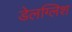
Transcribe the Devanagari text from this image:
डेलग्लिश